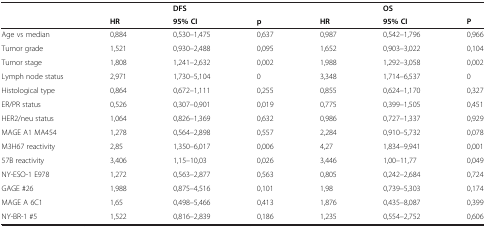
<table><thead><tr><td>[EMPTY_CELL]</td><td>[EMPTY_CELL]</td><td><b>DFS</b></td><td>[EMPTY_CELL]</td><td>[EMPTY_CELL]</td><td><b>OS</b></td><td>[EMPTY_CELL]</td></tr><tr><td>[EMPTY_CELL]</td><td><b>HR</b></td><td><b>95% CI</b></td><td><b>p</b></td><td><b>HR</b></td><td><b>95% CI</b></td><td><b>P</b></td></tr></thead><tbody><tr><td>Age vs median</td><td>0,884</td><td>0,530–1,475</td><td>0,637</td><td>0,987</td><td>0,542–1,796</td><td>0,966</td></tr><tr><td>Tumor grade</td><td>1,521</td><td>0,930–2,488</td><td>0,095</td><td>1,652</td><td>0,903–3,022</td><td>0,104</td></tr><tr><td>Tumor stage</td><td>1,808</td><td>1,241–2,632</td><td>0,002</td><td>1,988</td><td>1,292–3,058</td><td>0,002</td></tr><tr><td>Lymph node status</td><td>2,971</td><td>1,730–5,104</td><td>0</td><td>3,348</td><td>1,714–6,537</td><td>0</td></tr><tr><td>Histological type</td><td>0,864</td><td>0,672–1,111</td><td>0,255</td><td>0,855</td><td>0,624–1,170</td><td>0,327</td></tr><tr><td>ER/PR status</td><td>0,526</td><td>0,307–0,901</td><td>0,019</td><td>0,775</td><td>0,399–1,505</td><td>0,451</td></tr><tr><td>HER2/neu status</td><td>1,064</td><td>0,826–1,369</td><td>0,632</td><td>0,986</td><td>0,727–1,337</td><td>0,929</td></tr><tr><td>MAGE A1 MA454</td><td>1,278</td><td>0,564–2,898</td><td>0,557</td><td>2,284</td><td>0,910–5,732</td><td>0,078</td></tr><tr><td>M3H67 reactivity</td><td>2,85</td><td>1,350–6,017</td><td>0,006</td><td>4,27</td><td>1,834–9,941</td><td>0,001</td></tr><tr><td>57B reactivity</td><td>3,406</td><td>1,15–10,03</td><td>0,026</td><td>3,446</td><td>1,00–11,77</td><td>0,049</td></tr><tr><td>NY-ESO-1 E978</td><td>1,272</td><td>0,563–2,877</td><td>0,563</td><td>0,805</td><td>0,242–2,684</td><td>0,724</td></tr><tr><td>GAGE #26</td><td>1,988</td><td>0,875–4,516</td><td>0,101</td><td>1,98</td><td>0,739–5,303</td><td>0,174</td></tr><tr><td>MAGE A 6C1</td><td>1,65</td><td>0,498–5,466</td><td>0,413</td><td>1,876</td><td>0,435–8,087</td><td>0,399</td></tr><tr><td>NY-BR-1 #5</td><td>1,522</td><td>0,816–2,839</td><td>0,186</td><td>1,235</td><td>0,554–2,752</td><td>0,606</td></tr></tbody></table>